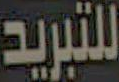
للتبريد